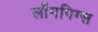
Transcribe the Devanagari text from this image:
लौंगपिग्स